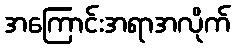
အကြောင်းအရာအလိုက်